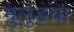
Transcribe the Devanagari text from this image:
मुलुंडचा